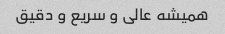
همیشه عالی و سریع و دقیق